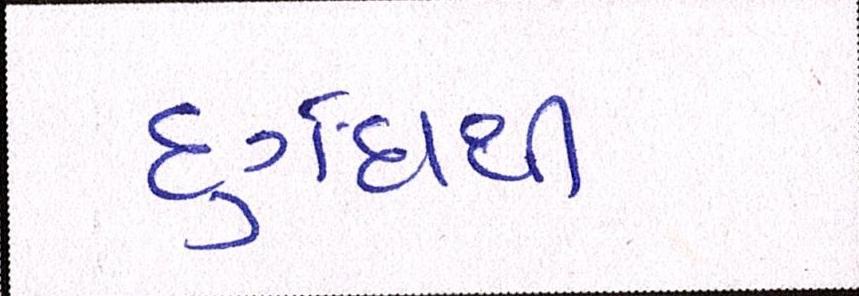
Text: દુર્ગંધથી